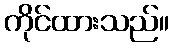
ကိုင်ထားသည်။